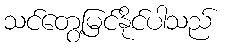
သင်တွေ့မြင်နိုင်ပါသည်